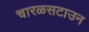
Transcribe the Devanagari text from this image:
चारळसटाउन